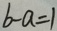
b - a = 1